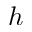
h